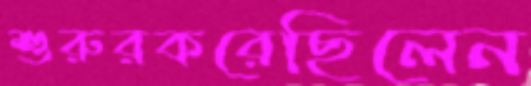
শুরুরকরেছিলেন